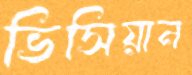
ভিসিয়ান